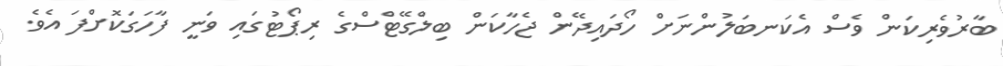
ބާރުވެރިކަން ވެސް އެކަނބަލުންނަށް ހޯދައިދޭން ޖެހާކަން ބިލްގޭޓްސްގެ ރިޕޯޓުގައި ވަނީ ފާހަގަކޮށްފަ އެވެ.